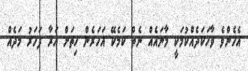
އެހެންވެ ވާހަކަދެއްކުމަކީ މާނައެއް ނެތް ކަމެކޭ އަހަރެން ހިތަށް އަރާ ފަހަރު މަދެއް